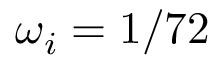
\omega _ { i } = 1 / 7 2